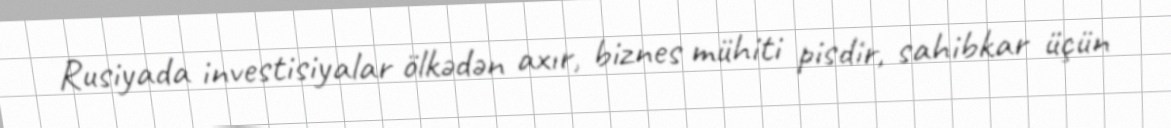
Rusiyada investisiyalar ölkədən axır, biznes mühiti pisdir, sahibkar üçün